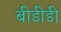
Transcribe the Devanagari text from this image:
बीडीडी